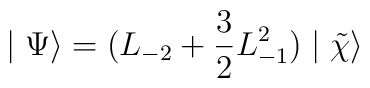
\mid \Psi \rangle = (L_{-2} + \frac{3}{2} L_{-1}^{2}) \mid\tilde{\chi} \rangle